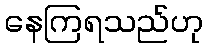
နေကြရသည်ဟု